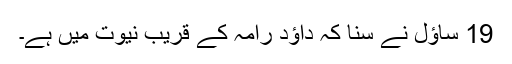
19 ساؤل نے سنا کہ داؤد رامہ کے قریب نیوت میں ہے۔